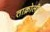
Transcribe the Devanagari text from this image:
ताक्रोलीमुस